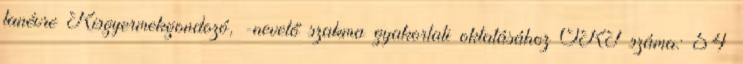
tanévre Kisgyermekgondozó, -nevelő szakma gyakorlati oktatásához OKJ száma: 54